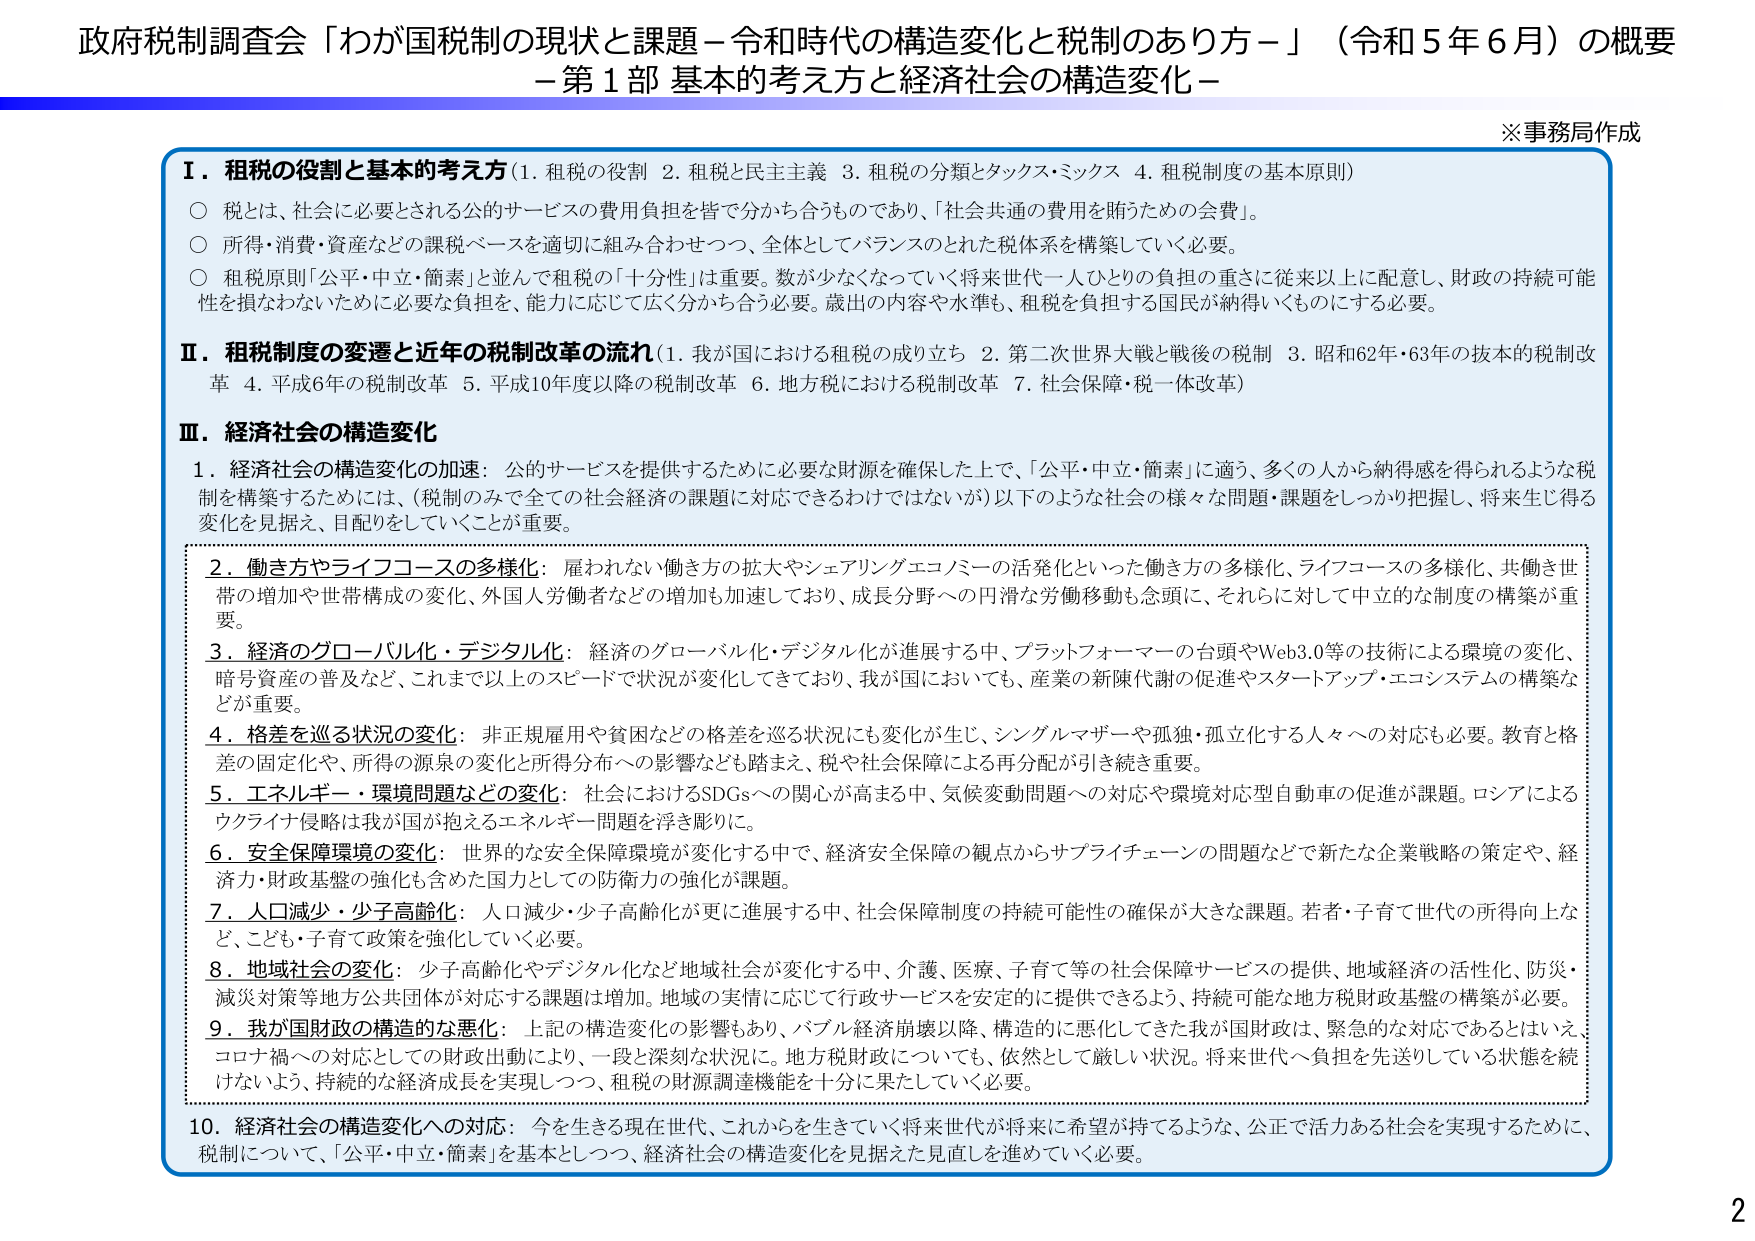
政府税制調査会「わが国税制の現状と課題－令和時代の構造変化と税制のあり方－」（令和５年６月）の概要
－第１部 基本的考え方と経済社会の構造変化－

※事務局作成

Ⅰ．租税の役割と基本的考え方（1．租税の役割 2．租税と民主主義 3．租税の分類とタックス・ミックス 4．租税制度の基本原則）
○ 税とは、社会に必要とされる公的サービスの費用負担を皆で分かち合うものであり、「社会共通の費用を賄うための会費」。
○ 所得・消費・資産などの課税ベースを適切に組み合わせつつ、全体としてバランスのとれた税体系を構築していく必要。
○ 租税原則「公平・中立・簡素」と並んで租税の「十分性」は重要。数が少なくなっていく将来世代一人ひとりの負担の重さに従来以上に配慮し、財政の持続可能性を損なわないために必要な負担を、能力に応じて広く分かち合う必要。歳出の内容や水準も、租税を負担する国民が納得いくものにする必要。

Ⅱ．租税制度の変遷と近年の税制改革の流れ（1．我が国における租税の成り立ち 2．第二次世界大戦と戦後の税制 3．昭和62年・63年の抜本的税制改革 4．平成6年の税制改革 5．平成10年度以降の税制改革 6．地方税における税制改革 7．社会保障・税一体改革）

Ⅲ．経済社会の構造変化
1．経済社会の構造変化の加速：公的サービスを提供するために必要な財源を確保した上で、「公平・中立・簡素」に適う、多くの人から納得感を得られるような税制を構築するためには、（税制のみで全ての社会経済の課題に対応できるわけではないが）以下のような社会の様々な問題・課題をしっかり把握し、将来生じ得る変化を見据え、目配りをしていくことが重要。

2．働き方やライフコースの多様化：雇われない働き方の拡大やシェアリングエコノミーの活発化といった働き方の多様化、ライフコースの多様化、共働き世帯の増加や世帯構成の変化、外国人労働者などの増加も加速しており、成長分野への円滑な労働移動も念頭に、それらに対して中立的な制度の構築が重要。

3．経済のグローバル化・デジタル化：経済のグローバル化・デジタル化が進展する中、プラットフォーマーの台頭やWeb3.0等の技術による環境の変化、暗号資産の普及など、これまで以上のスピードで状況が変化してきており、我が国においても、産業の新陳代謝の促進やスタートアップ・エコシステムの構築などが重要。

4．格差を巡る状況の変化：非正規雇用や貧困などの格差を巡る状況にも変化が生じ、シングルマザー や孤独・孤立化する人々への対応も必要。教育と格差の固定化や、所得の源泉の変化と所得分布への影響なども踏まえ、税や社会保障による再分配が引き続き重要。

5．エネルギー・環境問題などの変化：社会におけるSDGsへの関心が高まる中、気候変動問題への対応や環境対応型自動車の促進が課題。ロシアによるウクライナ侵略は我が国が抱えるエネルギー問題を浮き彫りに。

6．安全保障環境の変化：世界的な安全保障環境が変化する中で、経済安全保障の観点からサプライチェーンの問題などで新たな企業戦略の策定や、経済力・財政基盤の強化も含めた国力としての防衛力の強化が課題。

7．人口減少・少子高齢化：人口減少・少子高齢化が更に進展する中、社会保障制度の持続可能性の確保が大きな課題。若者・子育て世代の所得向上など、こども・子育て政策を強化していく必要。

8．地域社会の変化：少子高齢化やデジタル化など地域社会が変化する中、介護、医療、子育て等の社会保障サービスの提供、地域経済の活性化、防災・減災対策等地方公共団体が対応する課題は増加。地域の実情に応じて行政サービスを安定的に提供できるよう、持続可能な地方税財政基盤の構築が必要。

9．我が国財政の構造的な悪化：上記の構造変化の影響もあり、バブル経済崩壊以降、構造的に悪化してきた我が国財政は、緊急的な対応であるとはいえ、コロナ禍への対応としての財政出動により、一段と深刻な状況に。地方税財政についても、依然として厳しい状況。将来世代へ負担を先送りしている状態を続けないよう、持続的な経済成長を実現しつつ、租税の財源調達機能を十分に果たしていく必要。

10．経済社会の構造変化への対応：今を生きる現在世代、これからを生きていいく将来世代が将来に希望が持てるような、公正で活力ある社会を実現するために、税制について、「公平・中立・簡素」を基本としつつ、経済社会の構造変化を見据えた見直しを進めていく必要。

2